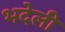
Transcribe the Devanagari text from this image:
भदेली